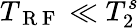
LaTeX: T_{\mathrm{~R~F~}}\ll T_{2}^{s}